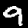
Digit: 9